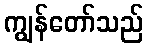
ကျွန်တော်သည်